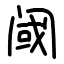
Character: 阈